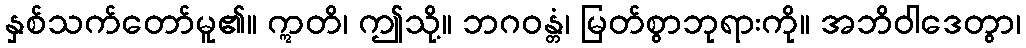
နှစ်သက်တော်မူ၏။ ဣတိ၊ ဤသို့။ ဘဂဝန္တံ၊ မြတ်စွာဘုရားကို။ အဘိဝါဒေတွာ၊